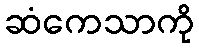
ဆံကေသာကို